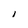
Character: l